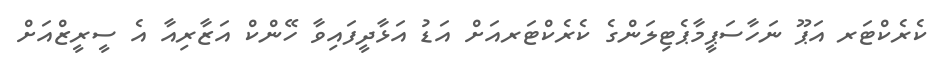
ކެރެކްޓަރ އަޕޫ ނަހާސަޕީމާޕެޓިލަންގެ ކެރެކްޓަރއަށް އަޑު އަޅާދީފައިވާ ހޭންކް އަޒާރިއާ އެ ސީރީޒްއަށް